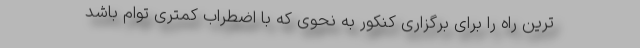
ترین راه را برای برگزاری کنکور به نحوی که با اضطراب کمتری توام باشد